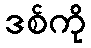
ဒစ်ကို